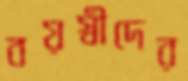
বয়স্বীদের